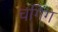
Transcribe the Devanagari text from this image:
चगिंग